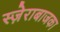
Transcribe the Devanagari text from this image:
स्ज़ेराबाजका